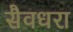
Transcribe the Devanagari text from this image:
सैवधरा